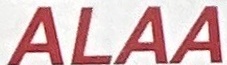
ALAA